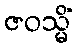
ဇဝသ္မိံ